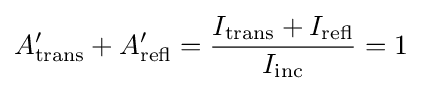
A_{\text{trans}}^{\prime }+A_{\text{refl}}^{\prime }={\frac {I_{\text{trans}}+I_{\text{refl}}}{I_{\text{inc}}}}=1